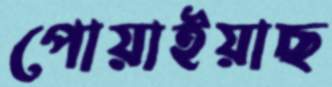
পোয়াইয়াছ